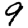
Digit: 9